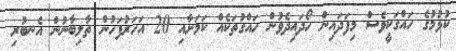
ކުޅުމުގެ ހައްގަކީވެސް މިފަދައިން ހޯދައިދެވުން ހައްގުތަކެއް ކަމަށާއި 20 އަހަރުފަހުން ތާލިބާނުން އެނބުރި